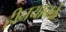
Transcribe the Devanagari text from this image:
हीनयानके